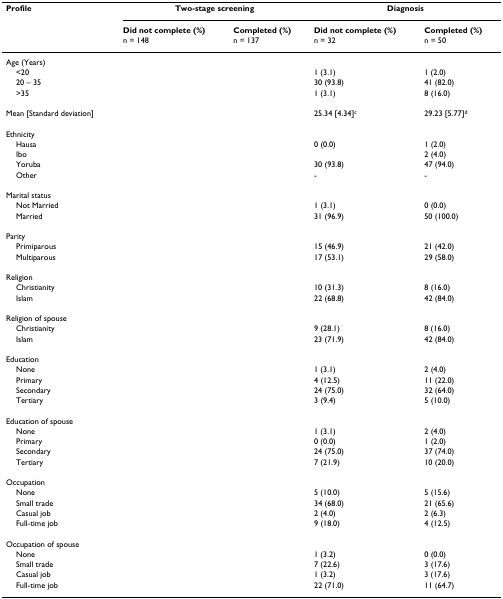
<table><thead><tr><td><b>Profile</b></td><td colspan="2"><b>Two-stage screening</b></td><td colspan="2"><b>Diagnosis</b></td></tr><tr><td>[EMPTY_CELL]</td><td><b>Did not complete (%)n = 148</b></td><td><b>Completed (%)n = 137</b></td><td><b>Did not complete (%)n = 32</b></td><td><b>Completed (%)n = 50</b></td></tr></thead><tbody><tr><td>Age (Years)</td><td>[EMPTY_CELL]</td><td>[EMPTY_CELL]</td><td>[EMPTY_CELL]</td><td>[EMPTY_CELL]</td></tr><tr><td> &lt;20</td><td>[EMPTY_CELL]</td><td>[EMPTY_CELL]</td><td>1 (3.1)</td><td>1 (2.0)</td></tr><tr><td> 20 – 35</td><td>[EMPTY_CELL]</td><td>[EMPTY_CELL]</td><td>30 (93.8)</td><td>41 (82.0)</td></tr><tr><td> &gt;35</td><td>[EMPTY_CELL]</td><td>[EMPTY_CELL]</td><td>1 (3.1)</td><td>8 (16.0)</td></tr><tr><td>Mean [Standard deviation]</td><td>[EMPTY_CELL]</td><td>[EMPTY_CELL]</td><td>25.34 [4.34]<sup>c</sup></td><td>29.23 [5.77]<sup>d</sup></td></tr><tr><td>Ethnicity</td><td>[EMPTY_CELL]</td><td>[EMPTY_CELL]</td><td>[EMPTY_CELL]</td><td>[EMPTY_CELL]</td></tr><tr><td> Hausa</td><td>[EMPTY_CELL]</td><td>[EMPTY_CELL]</td><td>0 (0.0)</td><td>1 (2.0)</td></tr><tr><td> Ibo</td><td>[EMPTY_CELL]</td><td>[EMPTY_CELL]</td><td>[EMPTY_CELL]</td><td>2 (4.0)</td></tr><tr><td> Yoruba</td><td>[EMPTY_CELL]</td><td>[EMPTY_CELL]</td><td>30 (93.8)</td><td>47 (94.0)</td></tr><tr><td> Other</td><td>[EMPTY_CELL]</td><td>[EMPTY_CELL]</td><td>-</td><td>-</td></tr><tr><td>Marital status</td><td>[EMPTY_CELL]</td><td>[EMPTY_CELL]</td><td>[EMPTY_CELL]</td><td>[EMPTY_CELL]</td></tr><tr><td> Not Married</td><td>[EMPTY_CELL]</td><td>[EMPTY_CELL]</td><td>1 (3.1)</td><td>0 (0.0)</td></tr><tr><td> Married</td><td>[EMPTY_CELL]</td><td>[EMPTY_CELL]</td><td>31 (96.9)</td><td>50 (100.0)</td></tr><tr><td>Parity</td><td>[EMPTY_CELL]</td><td>[EMPTY_CELL]</td><td>[EMPTY_CELL]</td><td>[EMPTY_CELL]</td></tr><tr><td> Primiparous</td><td>[EMPTY_CELL]</td><td>[EMPTY_CELL]</td><td>15 (46.9)</td><td>21 (42.0)</td></tr><tr><td> Multiparous</td><td>[EMPTY_CELL]</td><td>[EMPTY_CELL]</td><td>17 (53.1)</td><td>29 (58.0)</td></tr><tr><td>Religion</td><td>[EMPTY_CELL]</td><td>[EMPTY_CELL]</td><td>[EMPTY_CELL]</td><td>[EMPTY_CELL]</td></tr><tr><td> Christianity</td><td>[EMPTY_CELL]</td><td>[EMPTY_CELL]</td><td>10 (31.3)</td><td>8 (16.0)</td></tr><tr><td> Islam</td><td>[EMPTY_CELL]</td><td>[EMPTY_CELL]</td><td>22 (68.8)</td><td>42 (84.0)</td></tr><tr><td>Religion of spouse</td><td>[EMPTY_CELL]</td><td>[EMPTY_CELL]</td><td>[EMPTY_CELL]</td><td>[EMPTY_CELL]</td></tr><tr><td> Christianity</td><td>[EMPTY_CELL]</td><td>[EMPTY_CELL]</td><td>9 (28.1)</td><td>8 (16.0)</td></tr><tr><td> Islam</td><td>[EMPTY_CELL]</td><td>[EMPTY_CELL]</td><td>23 (71.9)</td><td>42 (84.0)</td></tr><tr><td>Education</td><td>[EMPTY_CELL]</td><td>[EMPTY_CELL]</td><td>[EMPTY_CELL]</td><td>[EMPTY_CELL]</td></tr><tr><td> None</td><td>[EMPTY_CELL]</td><td>[EMPTY_CELL]</td><td>1 (3.1)</td><td>2 (4.0)</td></tr><tr><td> Primary</td><td>[EMPTY_CELL]</td><td>[EMPTY_CELL]</td><td>4 (12.5)</td><td>11 (22.0)</td></tr><tr><td> Secondary</td><td>[EMPTY_CELL]</td><td>[EMPTY_CELL]</td><td>24 (75.0)</td><td>32 (64.0)</td></tr><tr><td> Tertiary</td><td>[EMPTY_CELL]</td><td>[EMPTY_CELL]</td><td>3 (9.4)</td><td>5 (10.0)</td></tr><tr><td>Education of spouse</td><td>[EMPTY_CELL]</td><td>[EMPTY_CELL]</td><td>[EMPTY_CELL]</td><td>[EMPTY_CELL]</td></tr><tr><td> None</td><td>[EMPTY_CELL]</td><td>[EMPTY_CELL]</td><td>1 (3.1)</td><td>2 (4.0)</td></tr><tr><td> Primary</td><td>[EMPTY_CELL]</td><td>[EMPTY_CELL]</td><td>0 (0.0)</td><td>1 (2.0)</td></tr><tr><td> Secondary</td><td>[EMPTY_CELL]</td><td>[EMPTY_CELL]</td><td>24 (75.0)</td><td>37 (74.0)</td></tr><tr><td> Tertiary</td><td>[EMPTY_CELL]</td><td>[EMPTY_CELL]</td><td>7 (21.9)</td><td>10 (20.0)</td></tr><tr><td>Occupation</td><td>[EMPTY_CELL]</td><td>[EMPTY_CELL]</td><td>[EMPTY_CELL]</td><td>[EMPTY_CELL]</td></tr><tr><td> None</td><td>[EMPTY_CELL]</td><td>[EMPTY_CELL]</td><td>5 (10.0)</td><td>5 (15.6)</td></tr><tr><td> Small trade</td><td>[EMPTY_CELL]</td><td>[EMPTY_CELL]</td><td>34 (68.0)</td><td>21 (65.6)</td></tr><tr><td> Casual job</td><td>[EMPTY_CELL]</td><td>[EMPTY_CELL]</td><td>2 (4.0)</td><td>2 (6.3)</td></tr><tr><td> Full-time job</td><td>[EMPTY_CELL]</td><td>[EMPTY_CELL]</td><td>9 (18.0)</td><td>4 (12.5)</td></tr><tr><td>Occupation of spouse</td><td>[EMPTY_CELL]</td><td>[EMPTY_CELL]</td><td>[EMPTY_CELL]</td><td>[EMPTY_CELL]</td></tr><tr><td> None</td><td>[EMPTY_CELL]</td><td>[EMPTY_CELL]</td><td>1 (3.2)</td><td>0 (0.0)</td></tr><tr><td> Small trade</td><td>[EMPTY_CELL]</td><td>[EMPTY_CELL]</td><td>7 (22.6)</td><td>3 (17.6)</td></tr><tr><td> Casual job</td><td>[EMPTY_CELL]</td><td>[EMPTY_CELL]</td><td>1 (3.2)</td><td>3 (17.6)</td></tr><tr><td> Full-time job</td><td>[EMPTY_CELL]</td><td>[EMPTY_CELL]</td><td>22 (71.0)</td><td>11 (64.7)</td></tr></tbody></table>